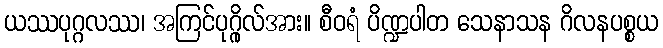
ယဿပုဂ္ဂလဿ၊ အကြင်ပုဂ္ဂိုလ်အား။ စီဝရံ ပိဏ္ဍပါတ သေနာသန ဂိလနပစ္စယ